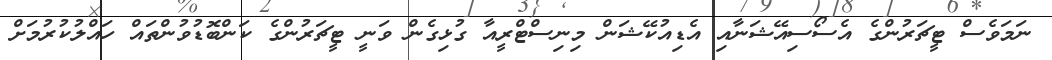
ނަމަވެސް ޓީޗަރުންގެ އެސޯސިއޭޝަނާއި އެޑިއުކޭޝަން މިނިސްޓްރީއާ ގުޅިގެން ވަނީ ޓީޗަރުންގެ ކަންބޮޑުވުންތައް ހައްލުކުރުމަށް